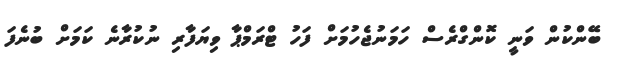
ބޭންކުން ވަނީ ކޮންގްރެސް ހަމަނުޖެހުމަށް ފަހު ޓްރަމްޕާ ވިޔަފާރި ނުކުރާނެ ކަމަށް ބުނެފަ